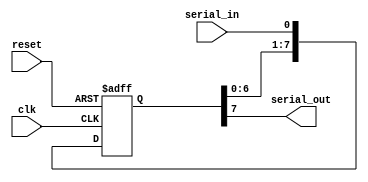
module siso_shift_register(
    input clk,
    input reset,
    input serial_in,
    output reg serial_out
);

reg [7:0] shift_reg;

always @(posedge clk or posedge reset) begin
    if (reset) begin
        shift_reg <= 8'b0;
    end else begin
        shift_reg <= {shift_reg[6:0], serial_in};
    end
end

assign serial_out = shift_reg[7];

endmodule